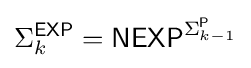
\Sigma _{k}^{\mathsf {EXP}}={\mathsf {NEXP}}^{\Sigma _{k-1}^{\mathsf {P}}}